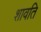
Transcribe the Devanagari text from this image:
शावति